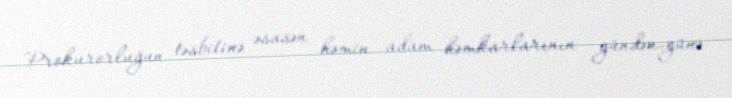
Prokurorluğun təsbitinə əsasən həmin adam həmkarlarının gündən-günə